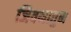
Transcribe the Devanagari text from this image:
जिवनातुन